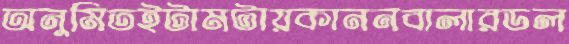
অনুমিতইটামটায়কাননবালারডল